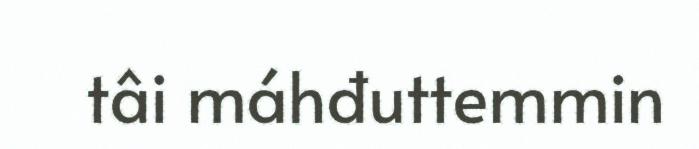
tâi máhđuttemmin